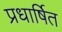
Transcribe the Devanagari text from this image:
प्रधार्षित